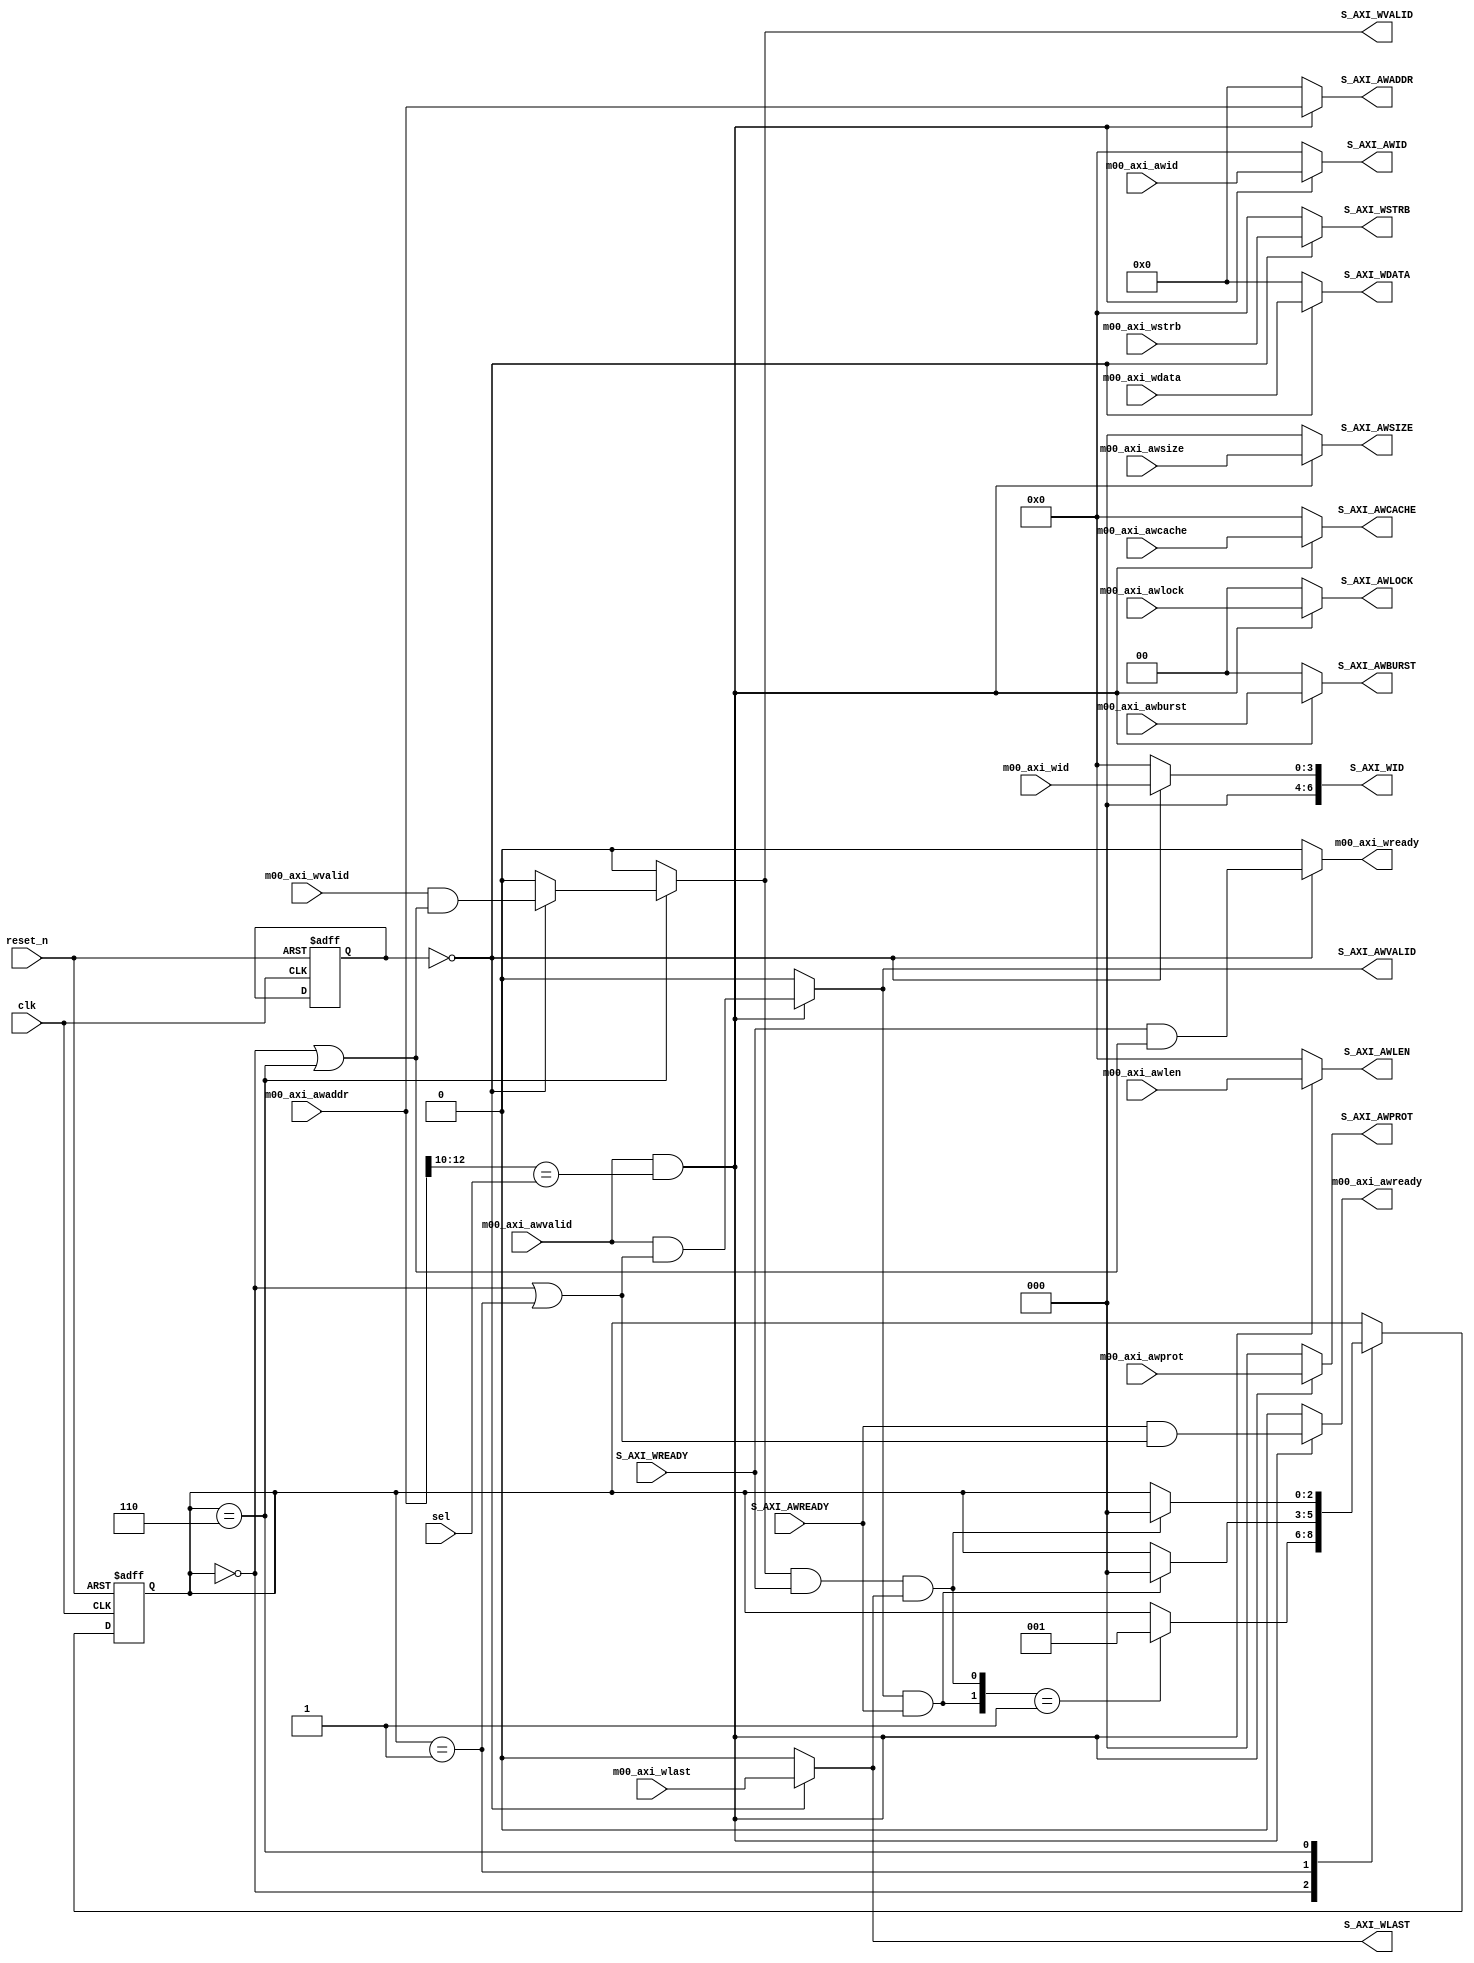
module addr_wdata_mux_m4(
input clk,
input reset_n,

// master 1
input   [31:0]  m00_axi_awaddr,
input    [3:0]  m00_axi_awid,
input    [1:0]  m00_axi_awburst,
input    [3:0]  m00_axi_awlen,
input    [2:0]  m00_axi_awsize,
input    [1:0]  m00_axi_awlock,
input    [3:0]  m00_axi_awcache,
input    [2:0]  m00_axi_awprot,
input           m00_axi_awvalid,
output       m00_axi_awready,
input    [3:0]  m00_axi_wid,
input   [31:0]  m00_axi_wdata,
input    [3:0]  m00_axi_wstrb,
input           m00_axi_wlast,
input           m00_axi_wvalid,
output   m00_axi_wready,


// slave
output   [31:0]  S_AXI_AWADDR,
output   [3:0]  S_AXI_AWID,
output   [1:0]  S_AXI_AWBURST,
output   [3:0]  S_AXI_AWLEN,
output   [2:0]  S_AXI_AWSIZE,
output   [1:0]  S_AXI_AWLOCK,
output   [3:0]  S_AXI_AWCACHE,
output    [2:0]  S_AXI_AWPROT,
output          S_AXI_AWVALID,
input       S_AXI_AWREADY,
output   [6:0]  S_AXI_WID,
output  [31:0]  S_AXI_WDATA,
output   [3:0]  S_AXI_WSTRB,
output          S_AXI_WLAST,
output          S_AXI_WVALID,
input           S_AXI_WREADY,

// select
input      [2:0]sel
);

reg      [2:0]  aw_port;   // select which slave we write to
reg      [2:0]  aw_state;  // write state

wire            adrs_end = S_AXI_AWVALID & S_AXI_AWREADY;
wire            data_end = S_AXI_WVALID & S_AXI_WREADY & S_AXI_WLAST;
wire            pass_adrs = (aw_state==3'b000) | (aw_state==3'b001);
wire            pass_data = (aw_state==3'b000) | (aw_state==3'b110);


// Address, data channel arbiter
always @ (posedge clk or negedge reset_n) begin 
   if (!reset_n) begin // reset
      aw_port  <= 3'b000;
      aw_state <= 3'b000;
   end else begin

      case (aw_state)
         3'b000 : begin    // no address or data passed
            case ({adrs_end,data_end})
              
               3'b001 : aw_state <= 3'b001; // data end
               3'b110 : begin // address end
                          // master 1
                          if (m00_axi_awvalid&(m00_axi_awaddr[12:10]==sel)) begin
                             aw_port  <= 3'b000;
                             aw_state <= 3'b110;
                          end
                         else; 
                        end
	         3'b111 : aw_state <= 3'b000; // both end
					   
                     default;
            endcase
        end
	

         3'b001 : begin  // data passed
                    if (adrs_end) aw_state <= 3'b000;
                    else;
                 end

         3'b110 : begin // address passed
                    if (data_end) aw_state <= 3'b000;
                    else;
                 end
         
	default;	
      endcase
   end 
end
// AW Mux
assign S_AXI_AWADDR  = (m00_axi_awvalid&(m00_axi_awaddr[12:10]==sel)) ? m00_axi_awaddr : 1'b0;
assign S_AXI_AWLEN   = (m00_axi_awvalid&(m00_axi_awaddr[12:10]==sel)) ? m00_axi_awlen : 1'b0;
assign S_AXI_AWSIZE  = (m00_axi_awvalid&(m00_axi_awaddr[12:10]==sel)) ? m00_axi_awsize : 1'b0;
assign S_AXI_AWID    = (m00_axi_awvalid&(m00_axi_awaddr[12:10]==sel)) ? {2'b00,m00_axi_awid} : 1'b0;
assign S_AXI_AWBURST = (m00_axi_awvalid&(m00_axi_awaddr[12:10]==sel)) ? m00_axi_awburst : 1'b0;
assign S_AXI_AWCACHE = (m00_axi_awvalid&(m00_axi_awaddr[12:10]==sel)) ? m00_axi_awcache : 1'b0;
assign S_AXI_AWLOCK  = (m00_axi_awvalid&(m00_axi_awaddr[12:10]==sel)) ? m00_axi_awlock : 1'b0;
assign S_AXI_AWPROT  = (m00_axi_awvalid&(m00_axi_awaddr[12:10]==sel)) ? m00_axi_awprot : 1'b0;
assign S_AXI_AWVALID  = (m00_axi_awvalid&(m00_axi_awaddr[12:10]==sel)) ? (m00_axi_awvalid & pass_adrs) : 1'b0;
assign m00_axi_awready = (m00_axi_awvalid&(m00_axi_awaddr[12:10]==sel)) ? (S_AXI_AWREADY & pass_adrs) :  1'b0;

// Wdata mux
assign S_AXI_WDATA   = (aw_port==3'b000) ? m00_axi_wdata : 1'b0;
assign S_AXI_WSTRB   = (aw_port==3'b000) ? m00_axi_wstrb : 1'b0;
assign S_AXI_WLAST   = (aw_port==3'b000) ? m00_axi_wlast : 1'b0;
assign S_AXI_WID     = (aw_port==3'b000) ? m00_axi_wid : 1'b0;
assign S_AXI_WVALID  = (aw_state==3'b110) ? ((aw_port==3'b000) ? (m00_axi_wvalid & pass_data): 1'b0) : 1'b0;
assign m00_axi_wready = (aw_port==3'b000) ? (S_AXI_WREADY & pass_data) : 1'b0;

endmodule